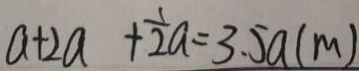
a + 2 a + \frac { 1 } { 2 } a = 3 . 5 a ( m )